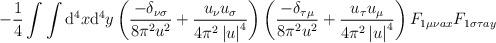
LaTeX: \begin{align*}-\frac{1}{4}\int\int\mathrm{d}^4x\mathrm{d}^4y\left(\frac{-\delta_{\nu\sigma}}{8\pi^2u^2}+\frac{u_\nu u_\sigma}{4\pi^2\left|u\right|^4}\right)\left(\frac{-\delta_{\tau\mu}}{8\pi^2u^2}+\frac{u_\tau u_\mu}{4\pi^2\left|u\right|^4}\right)F_{1\mu\nu ax}F_{1\sigma\tau ay}\end{align*}